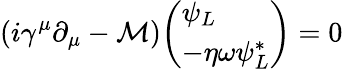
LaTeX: (i\gamma^{\mu}\partial_{\mu}-\mathcal{M}){\left(\begin{array}{l}{\psi_{L}}\\ {-\eta\omega\psi_{L}^{*}}\end{array}\right)}=0